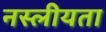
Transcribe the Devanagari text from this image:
नस्लीयता